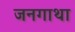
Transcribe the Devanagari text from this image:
जनगाथा